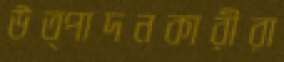
উত্পাদনকারীরা